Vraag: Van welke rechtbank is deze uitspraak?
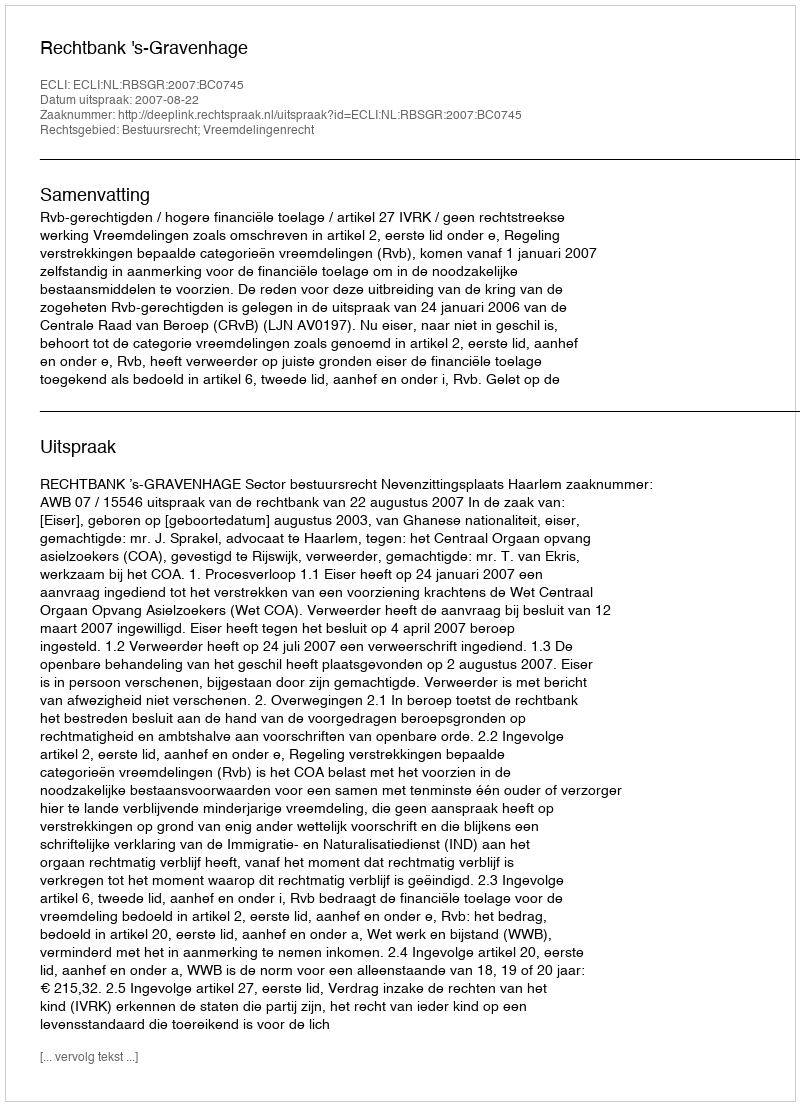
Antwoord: Rechtbank 's-Gravenhage